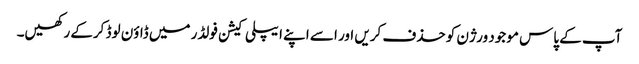
آپ کے پاس موجود ورژن کو حذف کریں اور اسے اپنے ایپلی کیشن فولڈر میں ڈاؤن لوڈ کرکے رکھیں۔